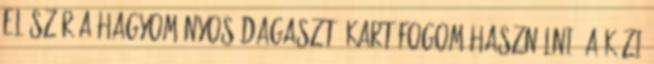
először a hagyományos dagasztó kart fogom használni. A kézi